Statistics compiled by the Government of India from the reports of provincial Civil Veterinary Departments
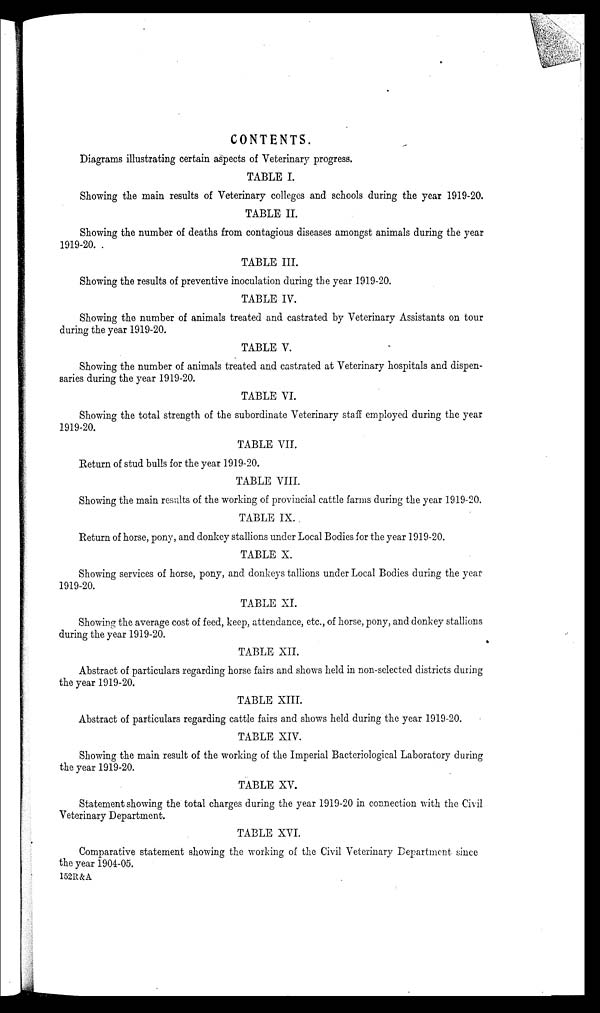
CONTENTS.
Diagrams illustrating certain aspects of Veterinary progress.
TABLE I.
Showing the main results of Veterinary colleges and schools during the year 1919-20.
TABLE II.
Showing the number of deaths from contagious diseases amongst animals during the year
1919-20.
TABLE III.
Showing the results of preventive inoculation during the year 1919-20.
TABLE IV.
Showing the number of animals treated and castrated by Veterinary Assistants on tour
during the year 1919-20.
TABLE V.
Showing the number of animals treated and castrated at Veterinary hospitals and dispen-
saries during the year 1919-20.
TABLE VI.
Showing the total strength of the subordinate Veterinary staff employed during the year
1919-20.
TABLE VII.
Return of stud bulls for the year 1919-20.
TABLE VIII.
Showing the main results of the working of provincial cattle farms during the year 1919-20.
TABLE IX.
Return of horse, pony, and donkey stallions under Local Bodies for the year 1919-20.
TABLE X.
Showing services of horse, pony, and donkeys tallions under Local Bodies during the year
1919-20.
TABLE XI.
Showing the average cost of feed, keep, attendance, etc., of horse, pony, and donkey stallions
during the year 1919-20.
TABLE XII.
Abstract of particulars regarding horse fairs and shows held in non-selected districts during
the year 1919-20.
TABLE XIII.
Abstract of particulars regarding cattle fairs and shows held during the year 1919-20.
TABLE XIV.
Showing the main result of the working of the Imperial Bacteriological Laboratory during
the year 1919-20.
TABLE XV.
Statement showing the total charges during the year 1919-20 in connection with the Civil
Veterinary Department.
TABLE XVI.
Comparative statement showing the working of the Civil Veterinary Department since
the year 1904-05.
152R&A